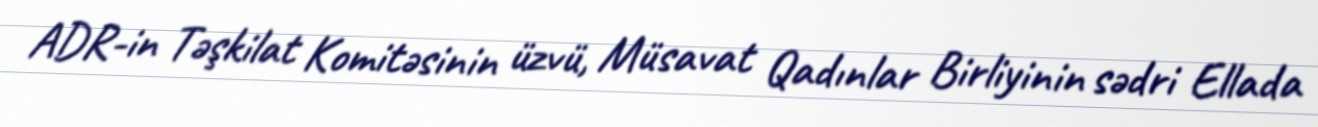
ADR-in Təşkilat Komitəsinin üzvü, Müsavat Qadınlar Birliyinin sədri Ellada